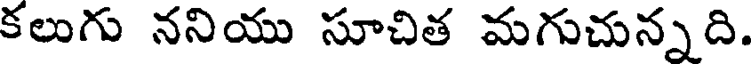
కలుగు ననియు సూచిత మగుచున్నది.